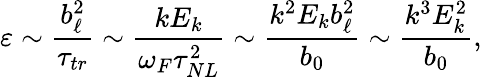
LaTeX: \varepsilon\sim\frac{b_{\ell}^{2}}{\tau_{tr}}\sim\frac{kE_{k}}{\omega_{F}\tau_{NL}^{2}}\sim\frac{k^{2}E_{k}b_{\ell}^{2}}{b_{0}}\sim\frac{k^{3}E_{k}^{2}}{b_{0}},